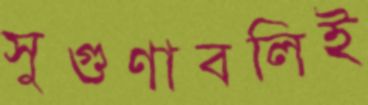
সুগুণাবলিই